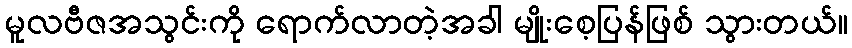
မူလဗီဇအသွင်းကို ရောက်လာတဲ့အခါ မျိုးစေ့ပြန်ဖြစ် သွားတယ်။